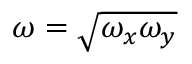
\omega = \sqrt { \omega _ { x } \omega _ { y } }